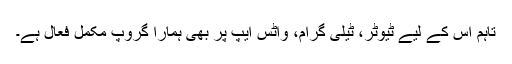
تاہم اس کے لیے ٹیوٹر، ٹیلی گرام، واٹس ایپ پر بھی ہمارا گروپ مکمل فعال ہے۔